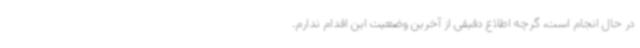
در حال انجام است، گرچه اطلاع دقیقی از آخرین وضعیت این اقدام ندارم.